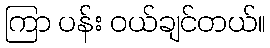
ကြာ ပန်း ဝယ်ချင်တယ်။